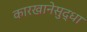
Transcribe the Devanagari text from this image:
कारखानेसुद्धा